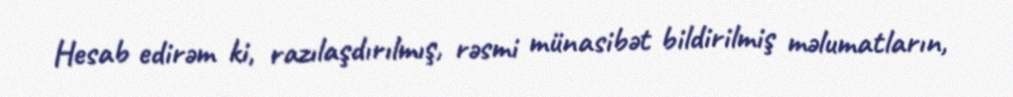
Hesab edirəm ki, razılaşdırılmış, rəsmi münasibət bildirilmiş məlumatların,